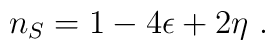
n_S = 1-4\epsilon + 2\eta ~.